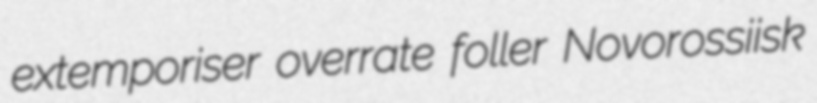
extemporiser overrate foller Novorossiisk